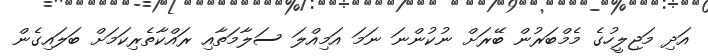
އަދި މަޖިލީހުގެ މެމްބަރުން ބޭރަށް ނުކުންނަ ނަމަ އަމިއްލަ ސަލާމަތާއި ރައްކާތެރިކަމަށް ބަލައިގެން